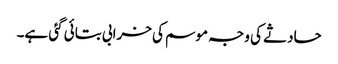
حادثے کی وجہ موسم کی خرابی بتائی گئی ہے۔